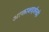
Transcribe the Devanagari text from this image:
आकाशदर्शनही